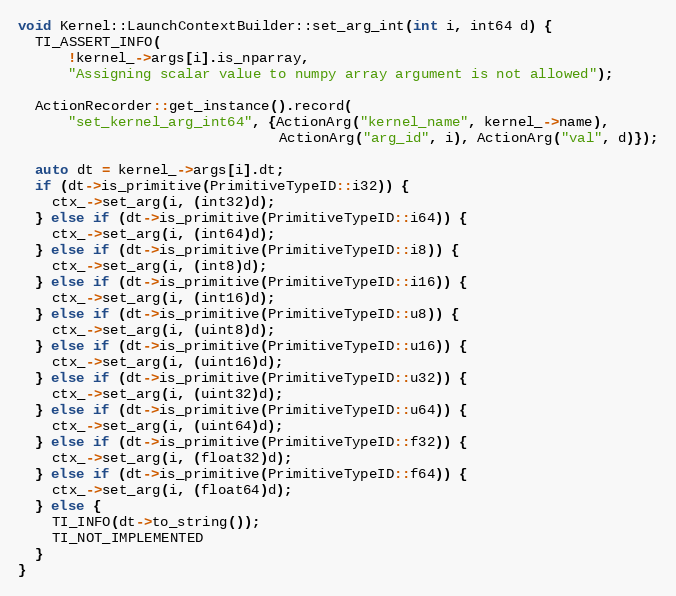
Language: C++
void Kernel::LaunchContextBuilder::set_arg_int(int i, int64 d) {
  TI_ASSERT_INFO(
      !kernel_->args[i].is_nparray,
      "Assigning scalar value to numpy array argument is not allowed");

  ActionRecorder::get_instance().record(
      "set_kernel_arg_int64", {ActionArg("kernel_name", kernel_->name),
                               ActionArg("arg_id", i), ActionArg("val", d)});

  auto dt = kernel_->args[i].dt;
  if (dt->is_primitive(PrimitiveTypeID::i32)) {
    ctx_->set_arg(i, (int32)d);
  } else if (dt->is_primitive(PrimitiveTypeID::i64)) {
    ctx_->set_arg(i, (int64)d);
  } else if (dt->is_primitive(PrimitiveTypeID::i8)) {
    ctx_->set_arg(i, (int8)d);
  } else if (dt->is_primitive(PrimitiveTypeID::i16)) {
    ctx_->set_arg(i, (int16)d);
  } else if (dt->is_primitive(PrimitiveTypeID::u8)) {
    ctx_->set_arg(i, (uint8)d);
  } else if (dt->is_primitive(PrimitiveTypeID::u16)) {
    ctx_->set_arg(i, (uint16)d);
  } else if (dt->is_primitive(PrimitiveTypeID::u32)) {
    ctx_->set_arg(i, (uint32)d);
  } else if (dt->is_primitive(PrimitiveTypeID::u64)) {
    ctx_->set_arg(i, (uint64)d);
  } else if (dt->is_primitive(PrimitiveTypeID::f32)) {
    ctx_->set_arg(i, (float32)d);
  } else if (dt->is_primitive(PrimitiveTypeID::f64)) {
    ctx_->set_arg(i, (float64)d);
  } else {
    TI_INFO(dt->to_string());
    TI_NOT_IMPLEMENTED
  }
}